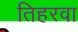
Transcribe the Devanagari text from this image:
तिहरवा